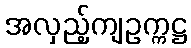
အလှည့်ကျဥက္ကဋ္ဌ